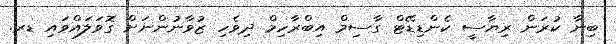
ބިނާ ކުރަން ރިޔާސީ ކެންޑިޑޭޓް ގާސިމް އިބްރާހިމް ދިވެހި ޒުވާނުންނަށް ގޮވަލައްވައި ޑރ.